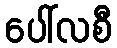
ပေါ်လစီ